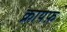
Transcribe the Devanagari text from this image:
क्रायफ़